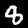
Digit: 8